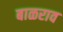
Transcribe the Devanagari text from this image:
बाळराव